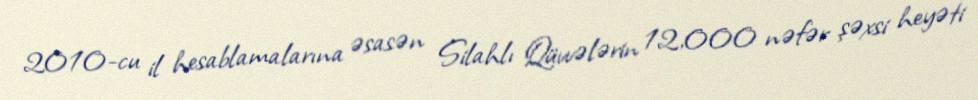
2010-cu il hesablamalarına əsasən Silahlı Qüvvələrin 12,000 nəfər şəxsi heyəti